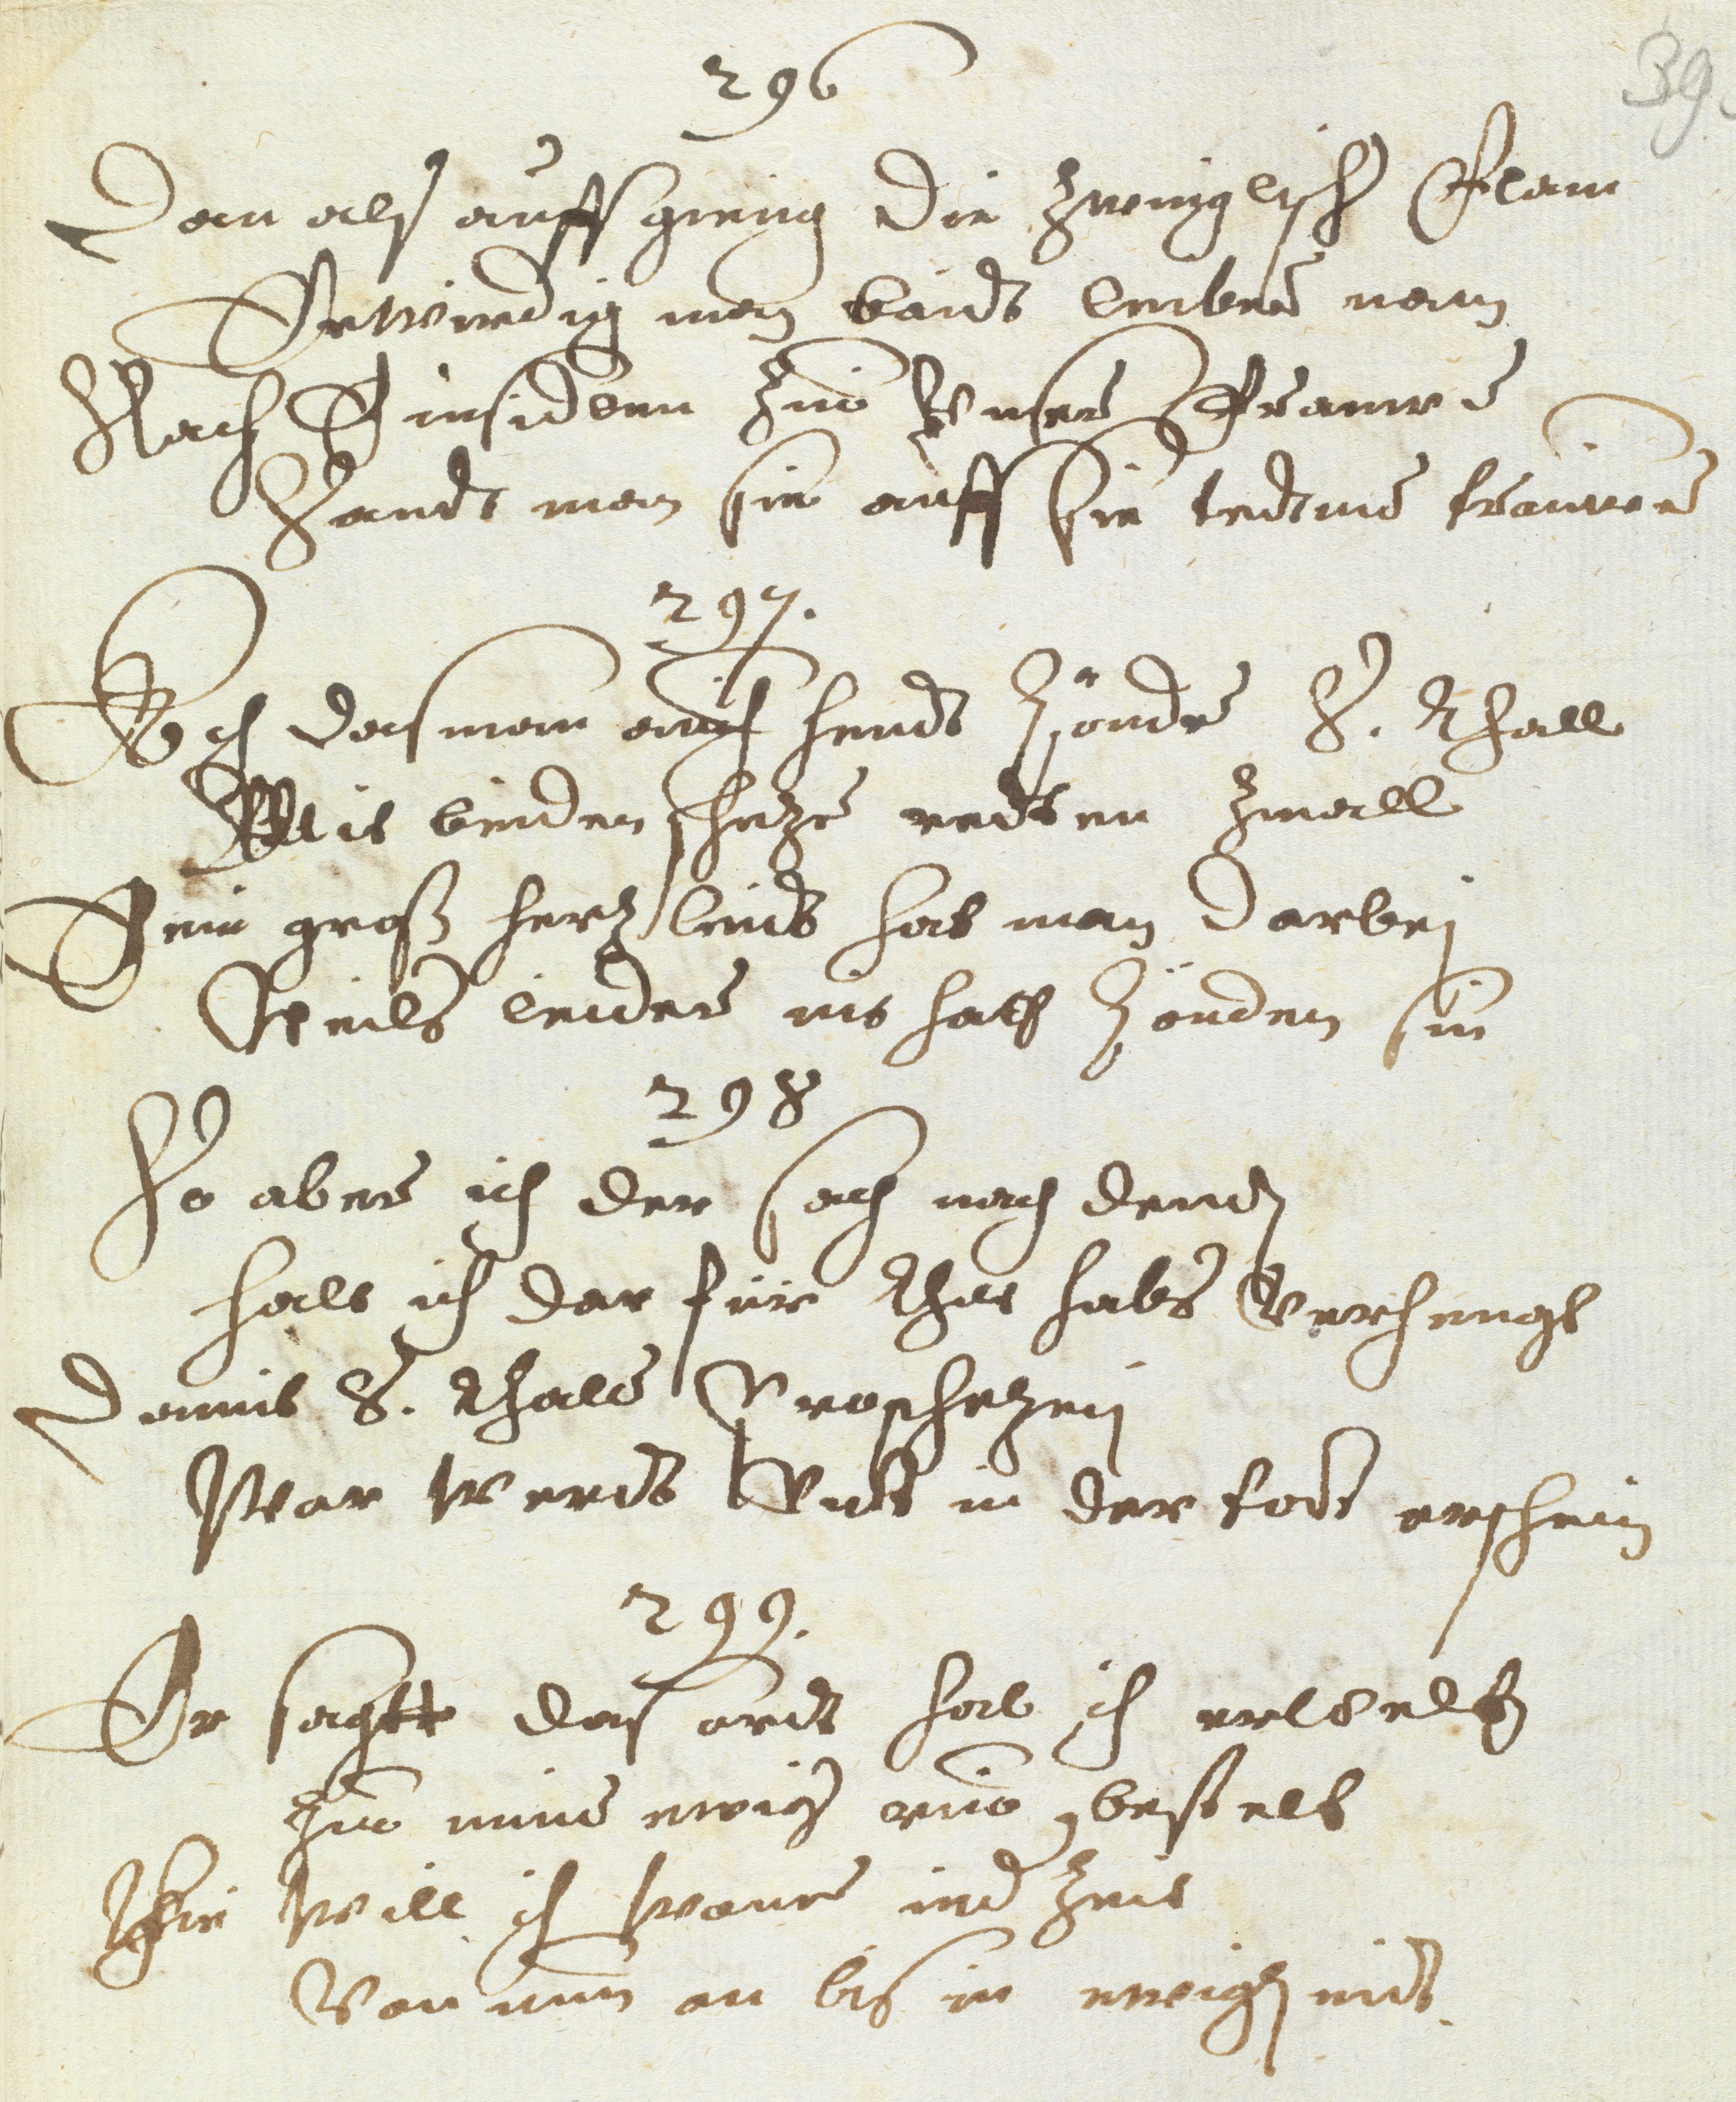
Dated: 1637–1641